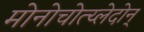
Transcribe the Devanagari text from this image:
मोनोचोत्य्लेदोन्